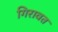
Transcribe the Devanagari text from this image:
गिरावत